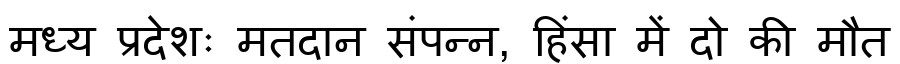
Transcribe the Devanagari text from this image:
मध्य प्रदेशः मतदान संपन्न, हिंसा में दो की मौत